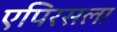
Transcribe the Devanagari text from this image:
एपिरसला